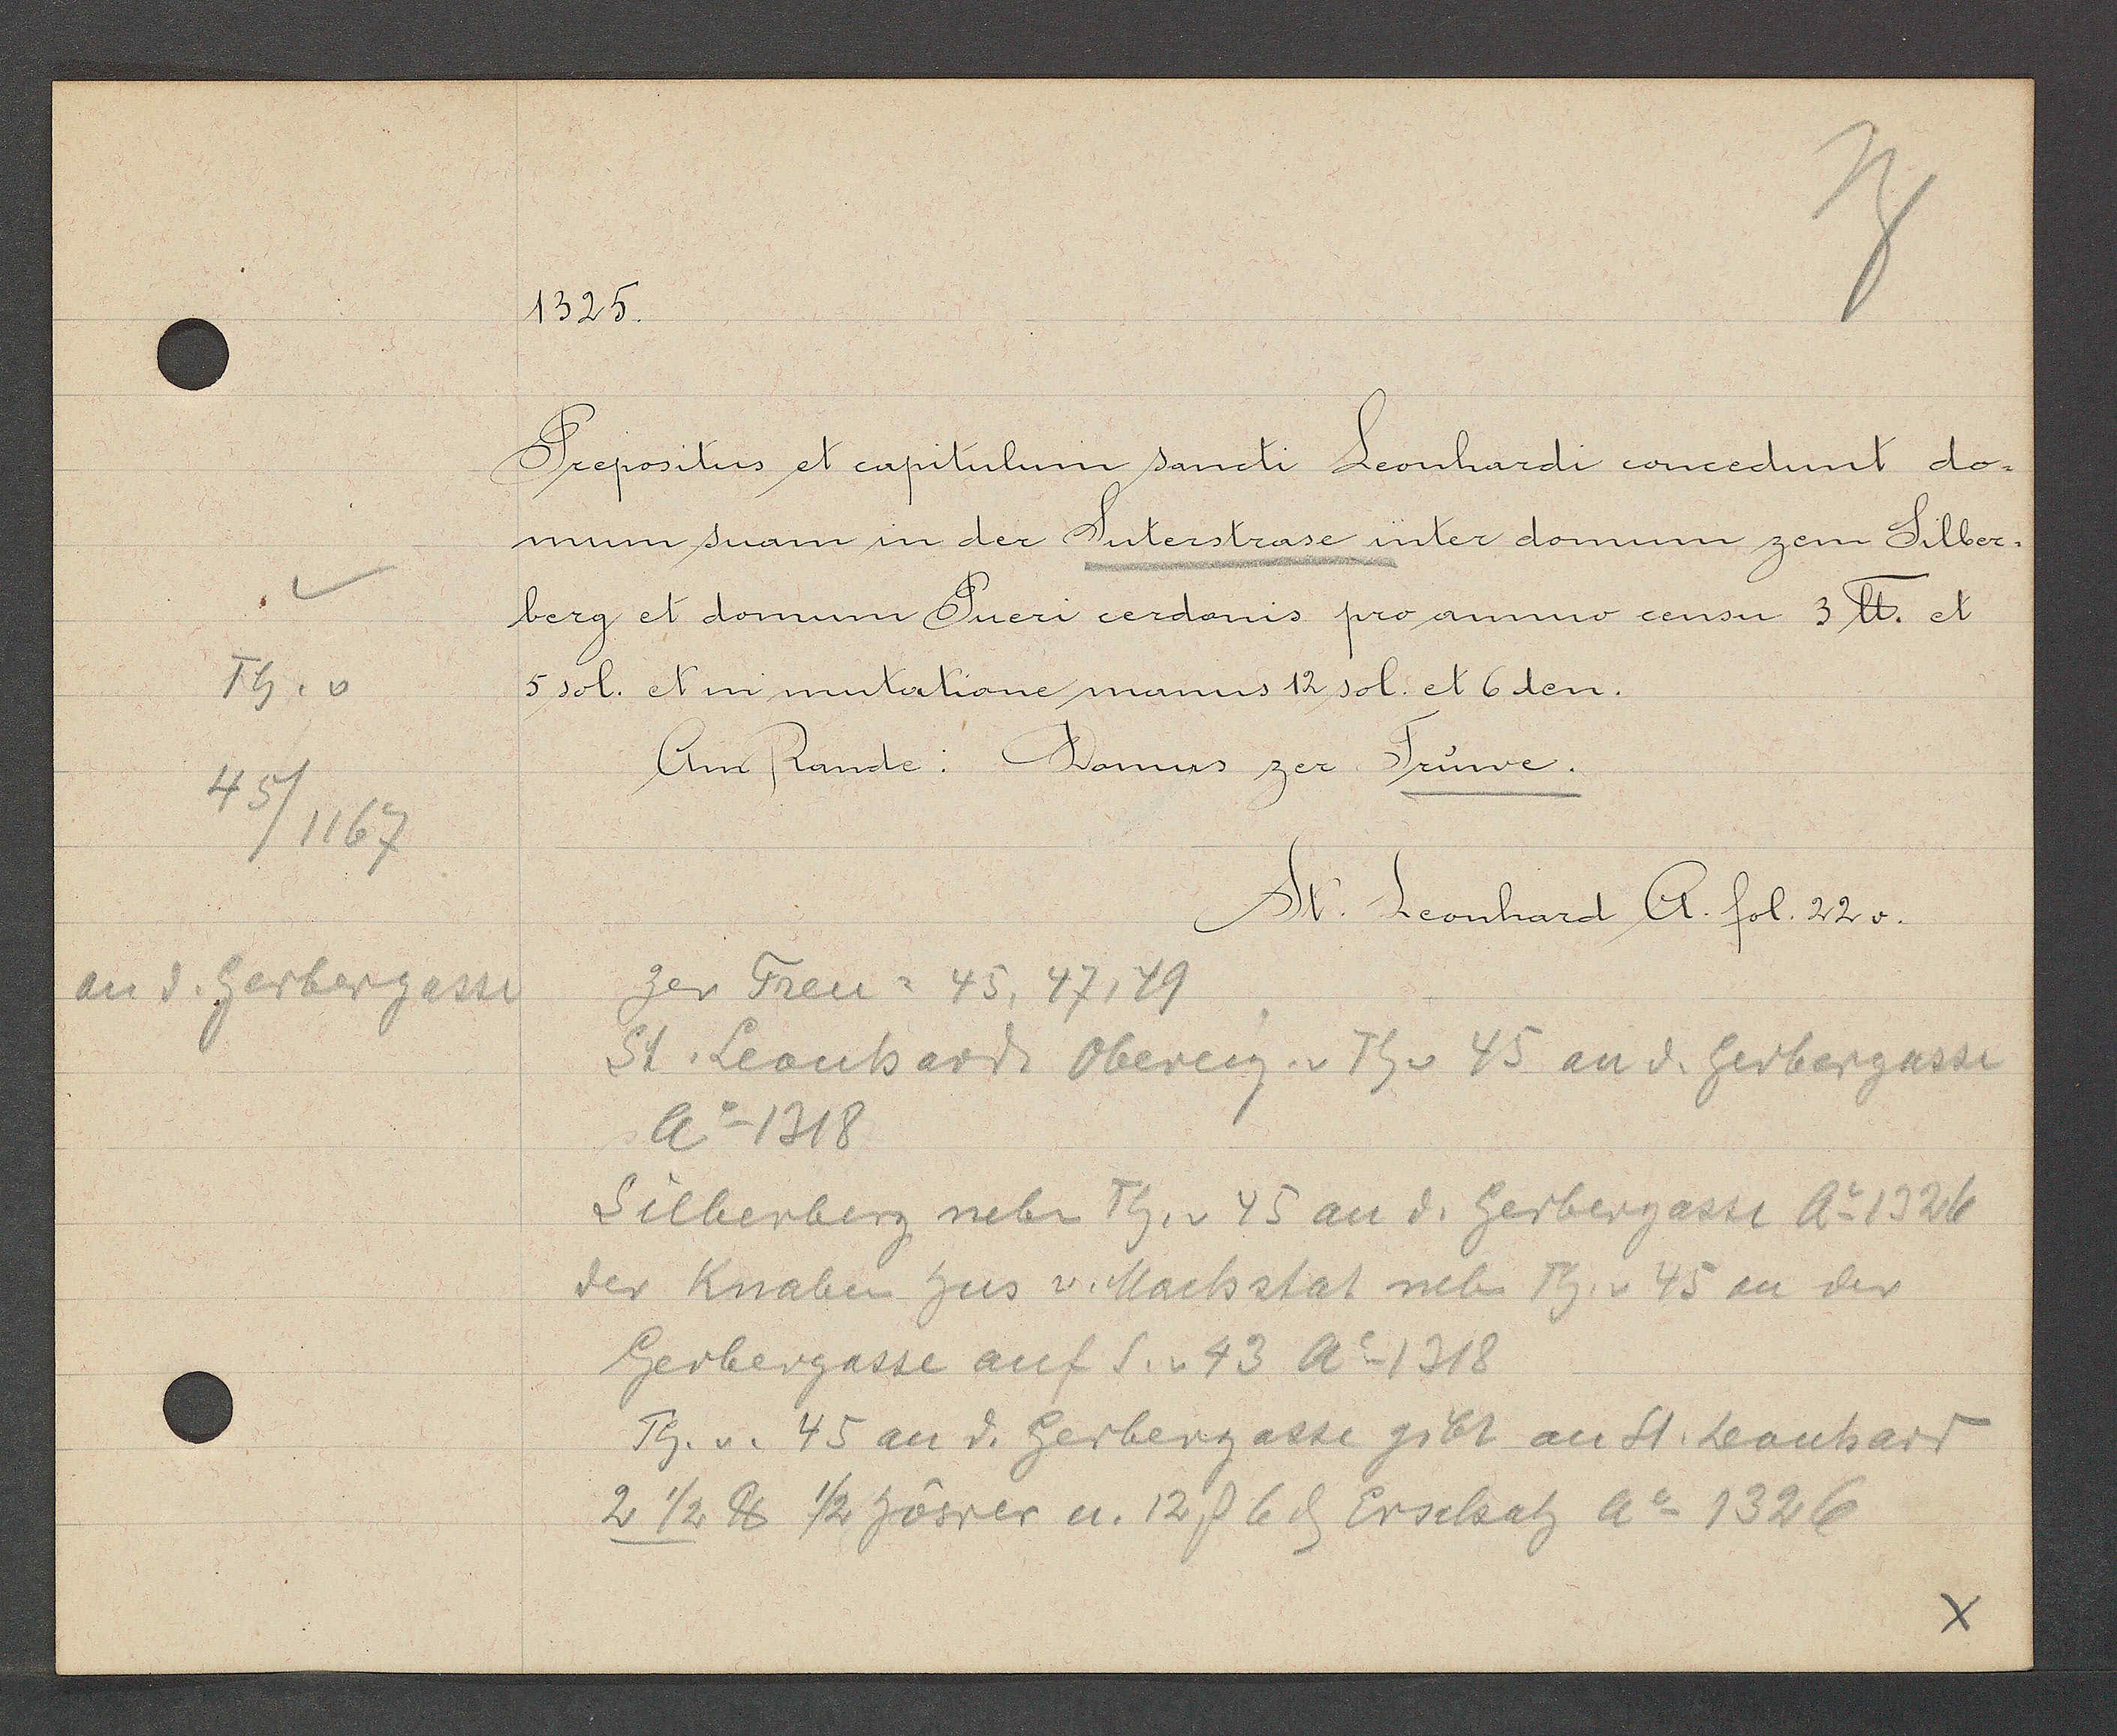
Transcript:
Th v
45
1167
an d. Gerbergasse

1325

Prepositus et capitulum sancti Leonhardi concedunt do-
mum suam in der Suterstrasse inter domum zem Silber¬
berg et domum Pueri cerdonis pro anno censu 3 ℔. et
5 sol. et in mutatione manus 12 sol. et 6 den.
Am Rande: Domus zer Truwe.

St. Leonhard D. fol. 22 v.

zer Treu = 45, 47, 49
St. Leonhardt Obereig. v Th v 45 an d. Gerbergasse
Ao 1318
Silberberg neben Th. v 45 an d. Gerbergasse Ao 1326
der Knaben hus v. Machstat neben Th. v 45 an der
Gerbergasse auf S. v 43 Ao 1318
Th. v. 45 an d. Gerbergasse gibt an St. Leonhard
2 1/2 ℔ 1/2 höwer u. 12 ß 6 ȡ Erschatz Ao 1326